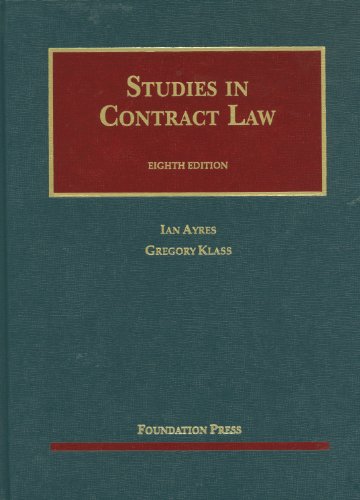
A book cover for Studies in Contract Law, 8th (University Casebook Series); Ian Ayres; Law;